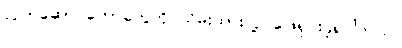
လက်ဆောင်တော်တွေကို သိမ်းထားလို့ ဖြေရှင်းခဲ့ရပါတယ်။